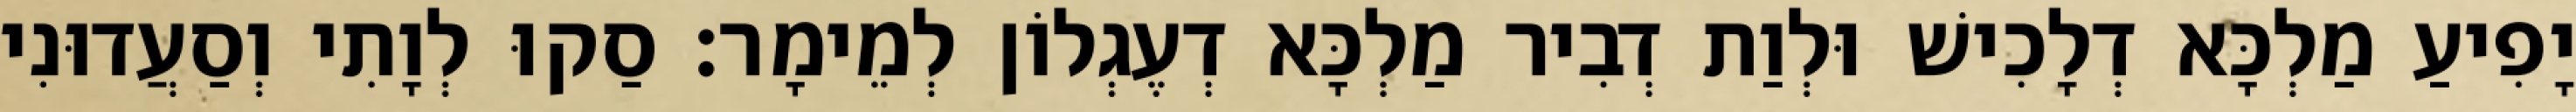
יָפִיעַ מַלְכָּא דְלָכִישׁ וּלְוַת דְבִיר מַלְכָּא דְעֶגְלוֹן לְמֵימָר׃ סַקוּ לְוָתִי וְסַעֲדוּנִי